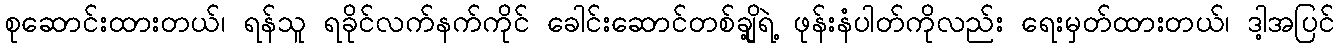
စုဆောင်းထားတယ်၊ ရန်သူ ရခိုင်လက်နက်ကိုင် ခေါင်းဆောင်တစ်ချို့ရဲ့ ဖုန်းနံပါတ်ကိုလည်း ရေးမှတ်ထားတယ်၊ ဒါ့အပြင်